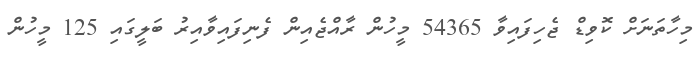
މިހާތަނަށް ކޮވިޑް ޖެހިފައިވާ 54365 މީހުން ރާއްޖެއިން ފެނިފައިވާއިރު ބަލީގައި 125 މީހުން